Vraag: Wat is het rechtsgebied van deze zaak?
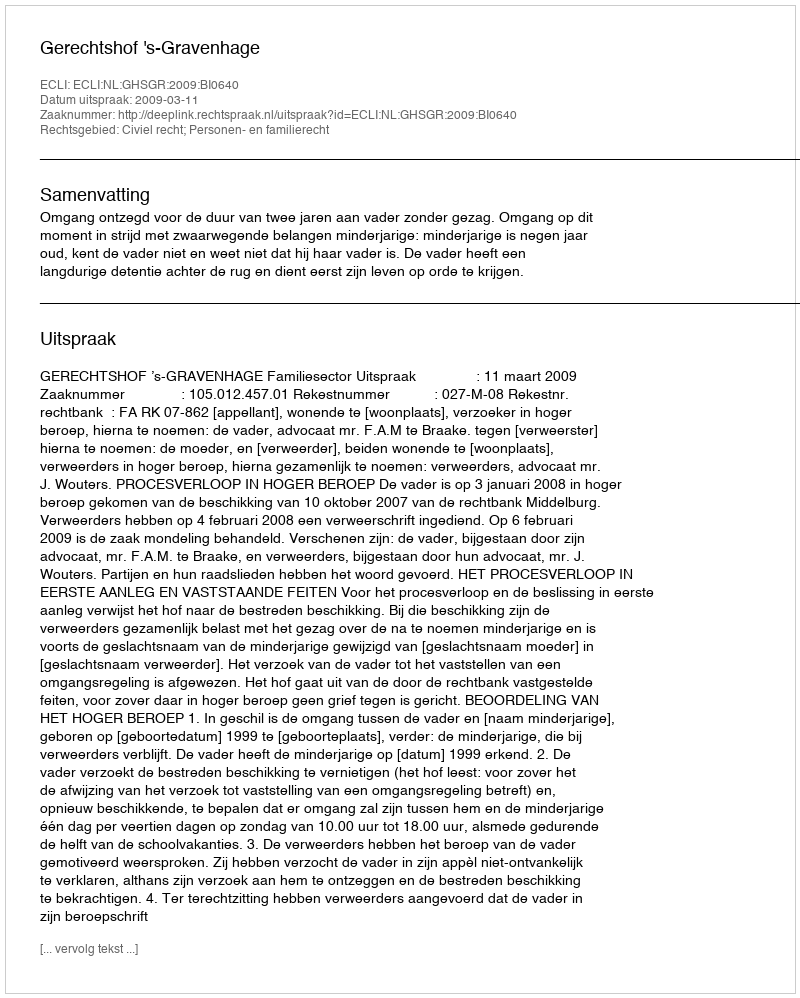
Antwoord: Civiel recht; Personen- en familierecht